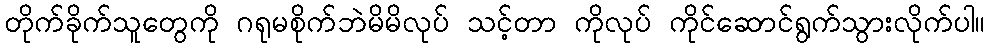
တိုက်ခိုက်သူတွေကို ဂရုမစိုက်ဘဲမိမိလုပ် သင့်တာ ကိုလုပ် ကိုင်ဆောင်ရွက်သွားလိုက်ပါ။